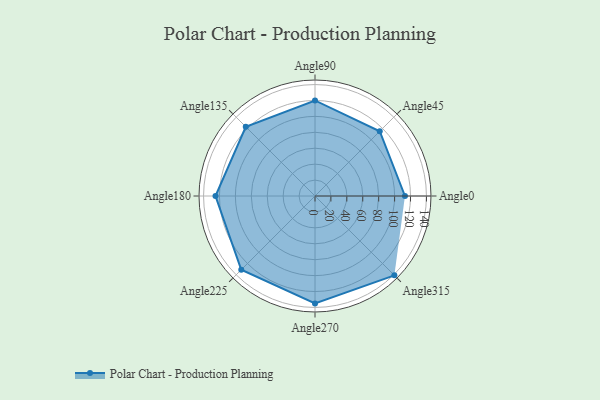
{"axis": {"x": "Angle", "y": "Radius"}, "legend": [""], "data": [{"x": "Angle0", "y": 113.0, "type": ""}, {"x": "Angle45", "y": 115.0, "type": ""}, {"x": "Angle90", "y": 120.0, "type": ""}, {"x": "Angle135", "y": 123.0, "type": ""}, {"x": "Angle180", "y": 125.0, "type": ""}, {"x": "Angle225", "y": 131.0, "type": ""}, {"x": "Angle270", "y": 135.0, "type": ""}, {"x": "Angle315", "y": 141.0, "type": ""}]}